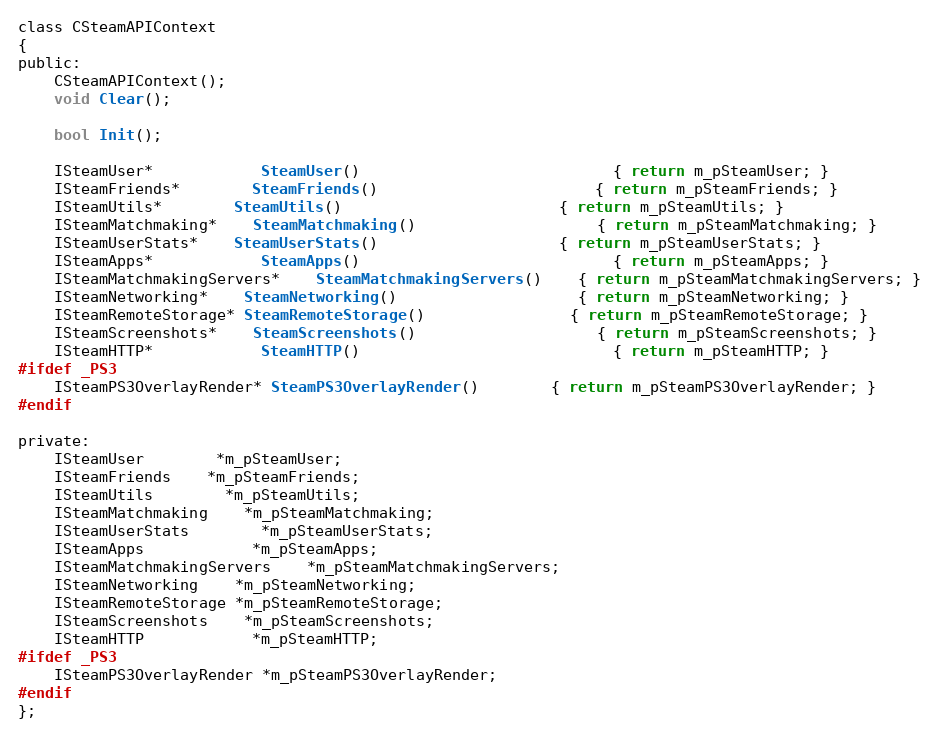
Language: C
class CSteamAPIContext
{
public:
	CSteamAPIContext();
	void Clear();

	bool Init();

	ISteamUser*			SteamUser()							{ return m_pSteamUser; }
	ISteamFriends*		SteamFriends()						{ return m_pSteamFriends; }
	ISteamUtils*		SteamUtils()						{ return m_pSteamUtils; }
	ISteamMatchmaking*	SteamMatchmaking()					{ return m_pSteamMatchmaking; }
	ISteamUserStats*	SteamUserStats()					{ return m_pSteamUserStats; }
	ISteamApps*			SteamApps()							{ return m_pSteamApps; }
	ISteamMatchmakingServers*	SteamMatchmakingServers()	{ return m_pSteamMatchmakingServers; }
	ISteamNetworking*	SteamNetworking()					{ return m_pSteamNetworking; }
	ISteamRemoteStorage* SteamRemoteStorage()				{ return m_pSteamRemoteStorage; }
	ISteamScreenshots*	SteamScreenshots()					{ return m_pSteamScreenshots; }
	ISteamHTTP*			SteamHTTP()							{ return m_pSteamHTTP; }
#ifdef _PS3
	ISteamPS3OverlayRender* SteamPS3OverlayRender()		{ return m_pSteamPS3OverlayRender; }
#endif

private:
	ISteamUser		*m_pSteamUser;
	ISteamFriends	*m_pSteamFriends;
	ISteamUtils		*m_pSteamUtils;
	ISteamMatchmaking	*m_pSteamMatchmaking;
	ISteamUserStats		*m_pSteamUserStats;
	ISteamApps			*m_pSteamApps;
	ISteamMatchmakingServers	*m_pSteamMatchmakingServers;
	ISteamNetworking	*m_pSteamNetworking;
	ISteamRemoteStorage *m_pSteamRemoteStorage;
	ISteamScreenshots	*m_pSteamScreenshots;
	ISteamHTTP			*m_pSteamHTTP;
#ifdef _PS3
	ISteamPS3OverlayRender *m_pSteamPS3OverlayRender;
#endif
};